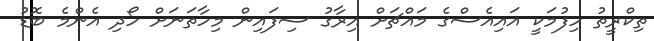
ތިކްރީތު ހިފުމަކީ އައިއެސްގެ މައްޗަށް އިރާގު ސިފައިން މިހާތަނަށް ހޯދި އެންމެ ބޮޑު